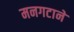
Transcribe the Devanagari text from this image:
मनगटाने